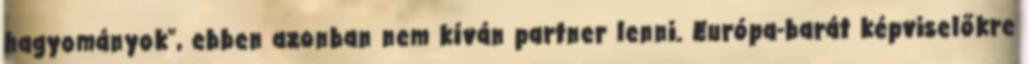
hagyományok", ebben azonban nem kíván partner lenni. Európa-barát képviselőkre